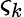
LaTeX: \varsigma_{k}